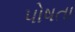
પોષતા